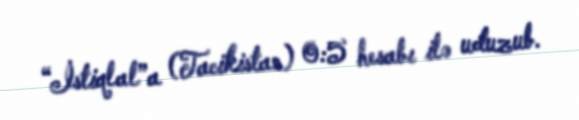
“İstiqlal”a (Tacikistan) 0:5 hesabı ilə uduzub.